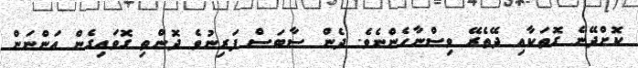
ކޮށްދޭނެ ގޮތަކާއި ދޭތެރޭ ވިސްނާހެންނެވެ. ދެން ސާބަސް ފަރިނުވެ ދޮންތި ގޮވައިގެން އަންނަން